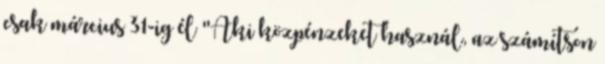
csak március 31-ig él "Aki közpénzeket használ, az számítson